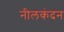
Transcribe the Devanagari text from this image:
नीलकंदन